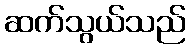
ဆက်သွယ်သည်